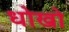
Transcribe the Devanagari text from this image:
धोखो